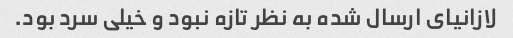
لازانیای ارسال شده به نظر تازه نبود و خیلی سرد بود.